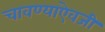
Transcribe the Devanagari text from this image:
चावण्याऐवजी